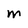
Character: M